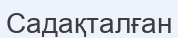
Садақталған